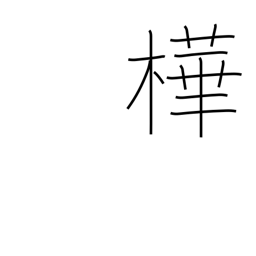
Meaning: dark red